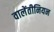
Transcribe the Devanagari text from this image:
वालेंतीनियन